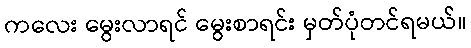
ကလေး မွေးလာရင် မွေးစာရင်း မှတ်ပုံတင်ရမယ်။